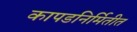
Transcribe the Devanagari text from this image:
कापडनिर्मितीत